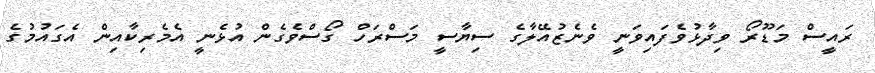
ރައީސް މަޑޫރޯ ވިދާޅުވެފައިވަނީ ވެނެޒުއޭލާގެ ސިޔާސީ މަސްރަހް ގޯސްވެގެން އުޅެނީ އެމެރިކާއިން އެގައުމުގެ